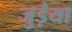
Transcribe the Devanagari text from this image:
जुड़ैया